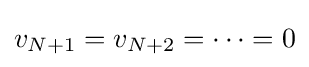
v_{N+1}=v_{N+2}=\cdots =0